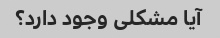
آیا مشکلی وجود دارد؟